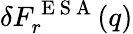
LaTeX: \delta F_{r}^{\mathrm{~E~S~A~}}(q)